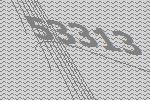
53313